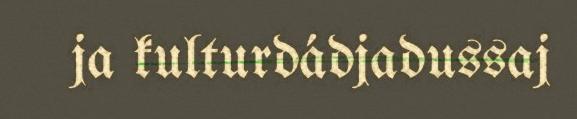
ja kulturdádjadussaj